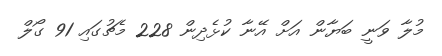
މުލާ ވަނީ ބަޔާން އަށް އޭނާ ކުޅެދިން 228 މެޗުގައި 91 ގޯލް